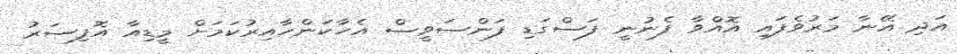
އަދި އޭނާ މަރުވެފައި އޮއްވާ ފެނުނީ ފަސްގަޑި ފަންސަވީސް އެހާކަންހާއިރުކަމަށް މީޑިއާ އޮފިސަރު